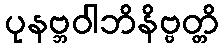
ပုနဗ္ဘဝါဘိနိဗ္ဗတ္တိ